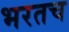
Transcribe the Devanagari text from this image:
भरतच